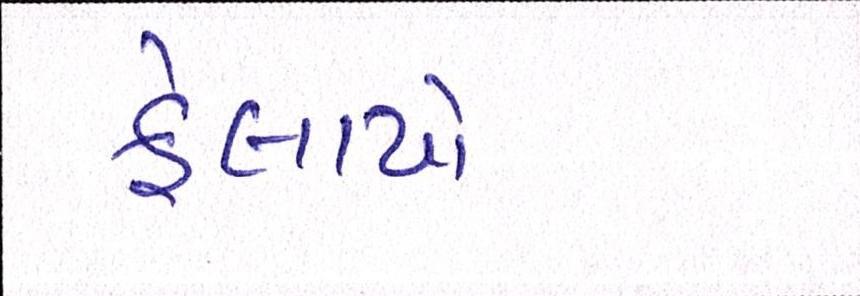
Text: ફેલાયો